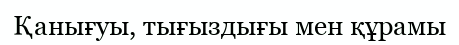
Қанығуы, тығыздығы мен құрамы